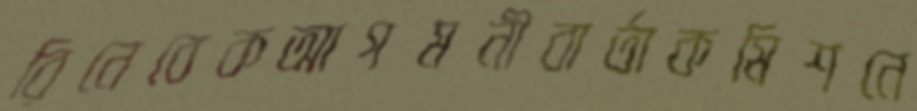
রিনেবেকআগমনীবার্তাকমিশনে